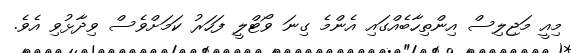
މިއީ މަޖިލިސް އިންތިހާބެއްގައި އެންމެ ގިނަ ވޯޓްލީ ފަހަރު ކަމަށްވެސް ވިދާޅުވި އެވެ.